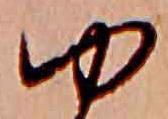
ゆ